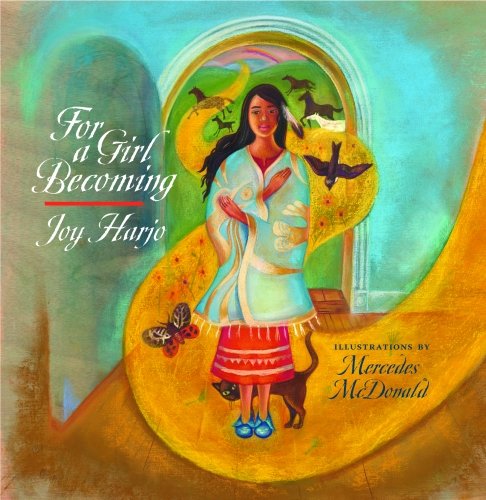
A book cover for For a Girl Becoming (Sun Tracks); Joy Harjo; Teen & Young Adult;